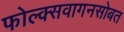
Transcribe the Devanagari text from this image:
फोल्क्सवागनसोबत